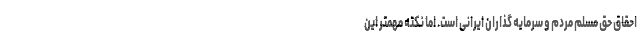
احقاق حق مسلم مردم و سرمایه گذاران ایرانی است. اما نکته مهمتر این